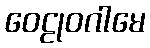
ဝေဠုဝဂါမေ